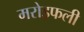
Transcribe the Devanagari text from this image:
मरोड़फली